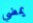
يمضي